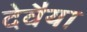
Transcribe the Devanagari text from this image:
देवैया